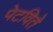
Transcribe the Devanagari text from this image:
पेटविते